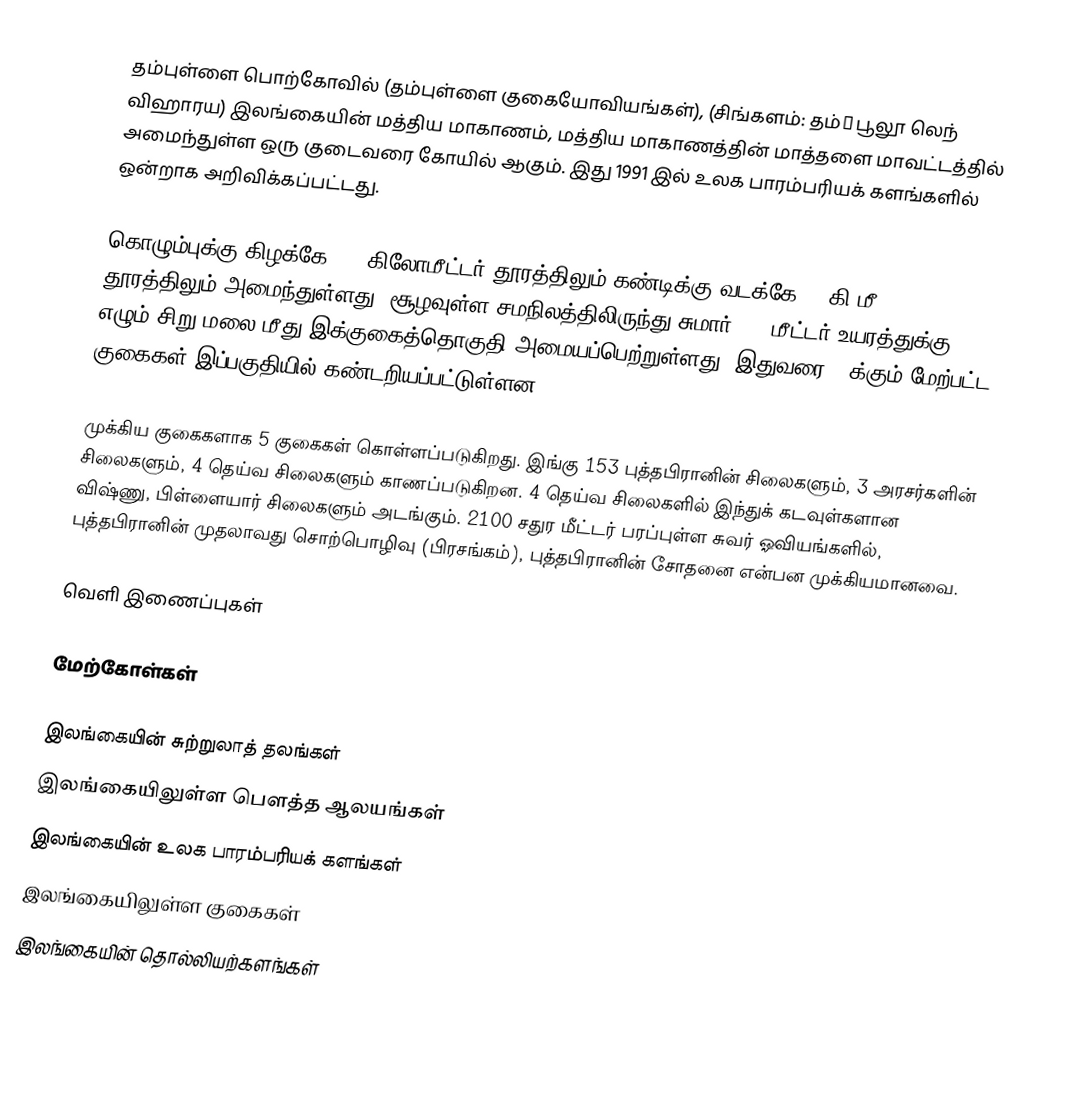
தம்புள்ளை பொற்கோவில் (தம்புள்ளை குகையோவியங்கள்), (சிங்களம்: தம்̆பூலூ லெந் விஹாரய) இலங்கையின் மத்திய மாகாணம், மத்திய மாகாணத்தின் மாத்தளை மாவட்டத்தில் அமைந்துள்ள ஒரு குடைவரை கோயில் ஆகும். இது 1991 இல் உலக பாரம்பரியக் களங்களில் ஒன்றாக அறிவிக்கப்பட்டது.

கொழும்புக்கு கிழக்கே 148 கிலோமீட்டர் தூரத்திலும் கண்டிக்கு வடக்கே 72 கி.மீ. தூரத்திலும் அமைந்துள்ளது. சூழவுள்ள சமநிலத்திலிருந்து சுமார் 160 மீட்டர் உயரத்துக்கு எழும் சிறு மலை மீது இக்குகைத்தொகுதி அமையப்பெற்றுள்ளது. இதுவரை 80க்கும் மேற்பட்ட குகைகள் இப்பகுதியில் கண்டறியப்பட்டுள்ளன.

முக்கிய குகைகளாக 5 குகைகள் கொள்ளப்படுகிறது. இங்கு 153 புத்தபிரானின் சிலைகளும், 3 அரசர்களின் சிலைகளும், 4 தெய்வ சிலைகளும் காணப்படுகிறன. 4 தெய்வ சிலைகளில் இந்துக் கடவுள்களான விஷ்ணு, பிள்ளையார் சிலைகளும் அடங்கும். 2100 சதுர மீட்டர் பரப்புள்ள சுவர் ஓவியங்களில், புத்தபிரானின் முதலாவது சொற்பொழிவு (பிரசங்கம்), புத்தபிரானின் சோதனை என்பன முக்கியமானவை.

வெளி இணைப்புகள்

மேற்கோள்கள்

இலங்கையின் சுற்றுலாத் தலங்கள்
இலங்கையிலுள்ள பௌத்த ஆலயங்கள்
இலங்கையின் உலக பாரம்பரியக் களங்கள்
இலங்கையிலுள்ள குகைகள்
இலங்கையின் தொல்லியற்களங்கள்